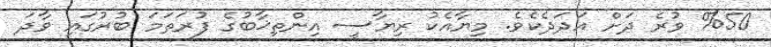
%50 ވުރެ ދަށް އަދަދެކެވެ. މިޔާއެކު ރިޔާސީ އިންތިޚާބުގެ ފުރަތަމަ ބުރުގައި ވާދަ